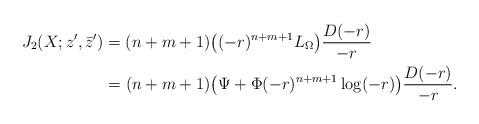
LaTeX: \begin{align*}J_2(X;z^{\prime},\bar{z}^{\prime})&=(n+m+1)\big((-r)^{n+m+1}L_{\Omega}\big)\frac{D(-r)}{-r}\\&=(n+m+1)\big(\Psi+\Phi(-r)^{n+m+1}\log(-r)\big)\frac{D(-r)}{-r}.\end{align*}